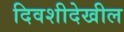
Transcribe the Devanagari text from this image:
दिवशीदेखील